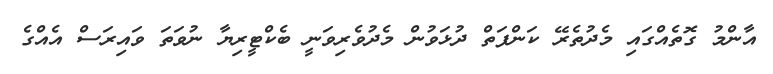
އާންމު ގޮތެއްގައި މެދުތެރޭ ކަންފަތް ދުޅަވުން މެދުވެރިވަނީ ބެކްޓީރިޔާ ނުވަތަ ވައިރަސް އެއްގެ